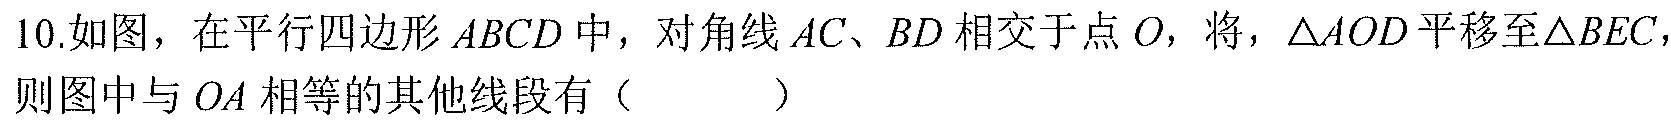
10.如图，在平行四边形 \(ABCD\) 中，对角线 \(AC、BD\) 相交于点 \(O\)，将，\(\triangle AOD\) 平移至\(\triangle BEC\)，则图中与 \(OA\) 相等的其他线段有（  ）